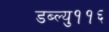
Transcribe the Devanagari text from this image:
डब्ल्यु११६